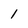
Character: 1